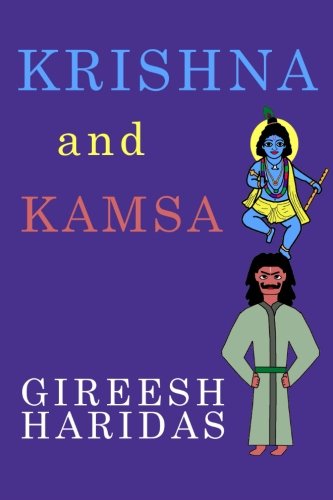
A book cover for Krishna and Kamsa; Gireesh Haridas; Religion & Spirituality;